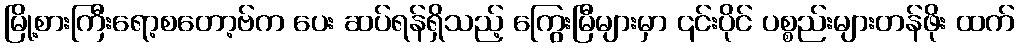
မြို့စားကြီးရော့စတော့ဗ်က ပေး ဆပ်ရန်ရှိသည့် ကြွေးမြီများမှာ ၎င်းပိုင် ပစ္စည်းများတန်ဖိုး ထက်